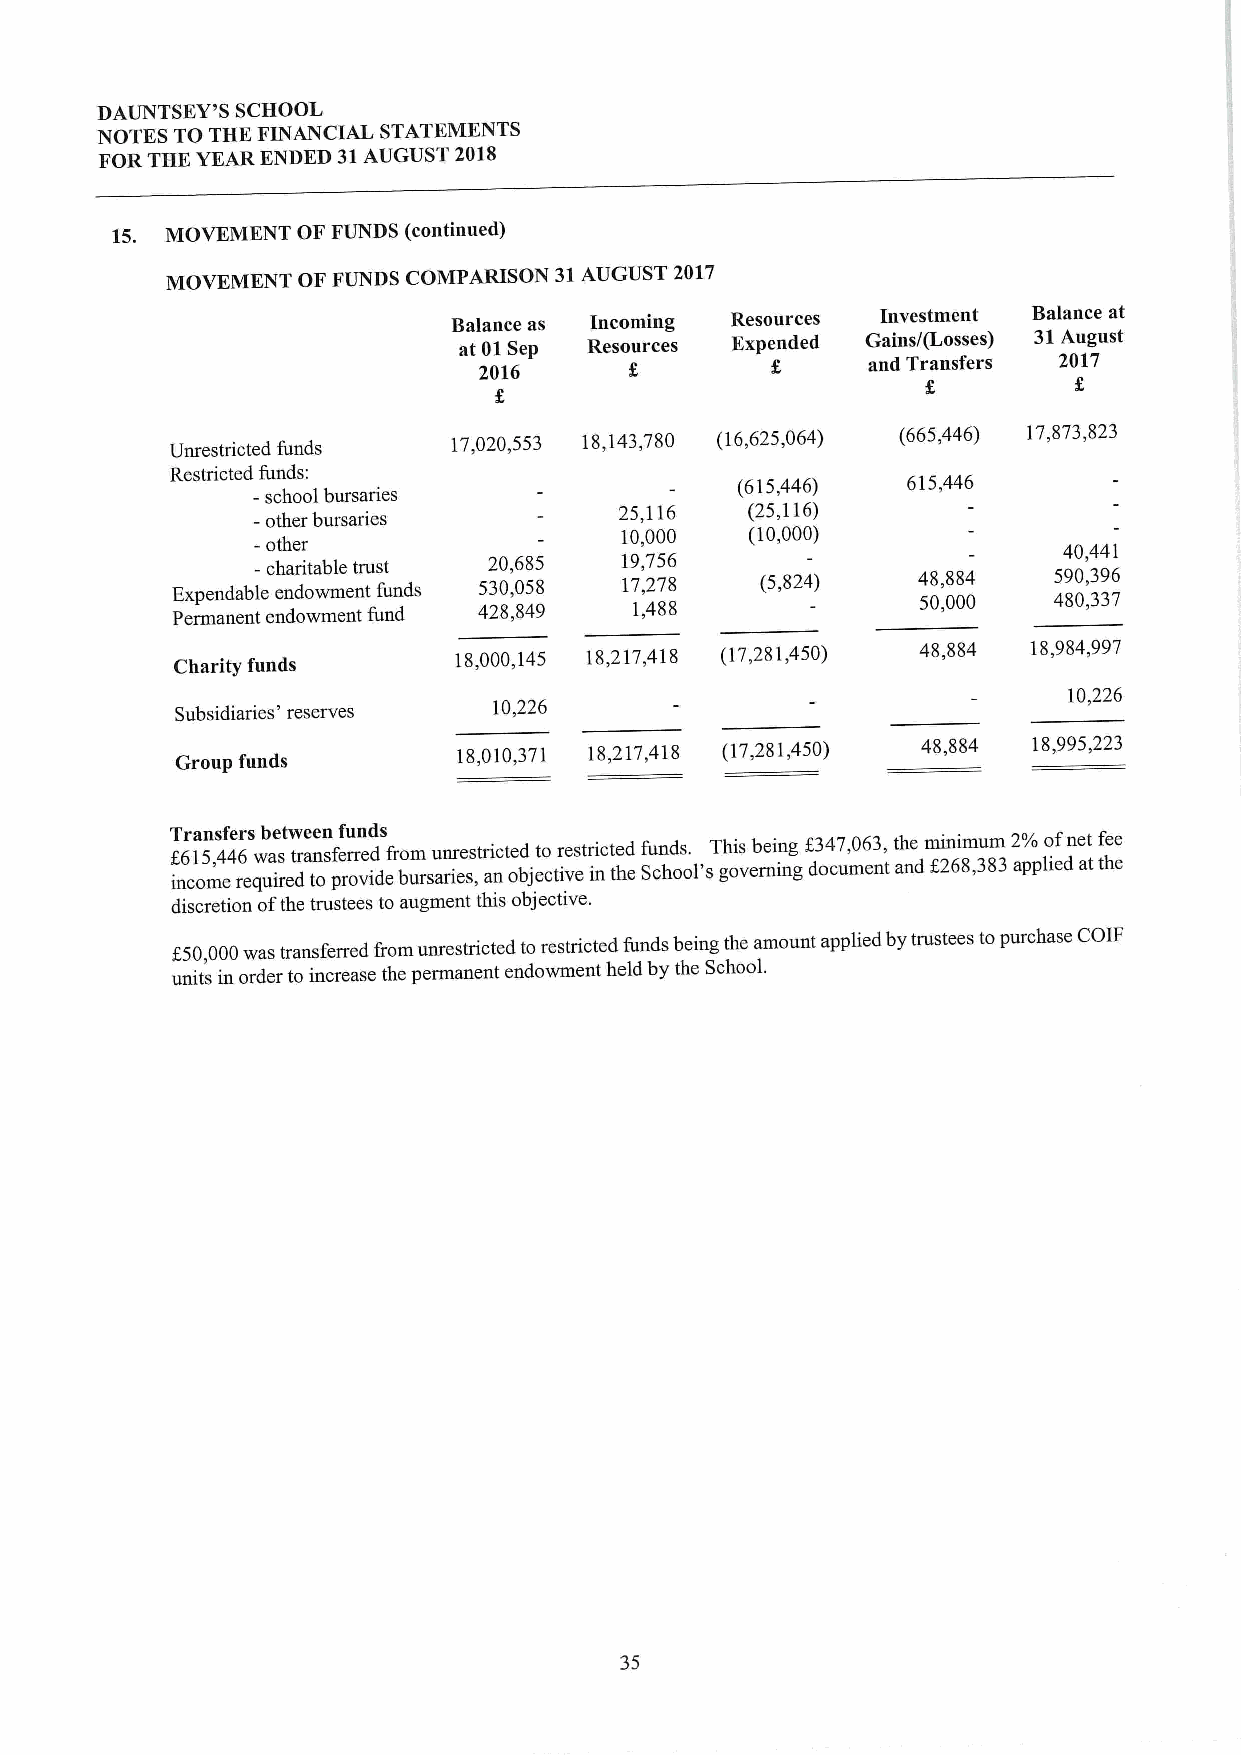
DAUNTSEY'S SCHOOL
 NOTES TO THE FINANCIAL STATEMENTS
 FORTHE YEAR ENDED 31AUGUST 2018
 15. MOVEMENT OF FUNDS (continued)
 MOVEMENT OF FUNDS COMPARISON 31AUGUST 2017
 Balance as Incoming Resources Investment Balance at
 at 01Sep Resources Expended Gains/(Losses) 31August
 and Transfers 2017
 2016
 Unrestricted funds
 17,020,553 18,143,780 (16,625,064) (665446) 17873 823
 Restricted funds:
 -school bursaries
 (615,446)  615,446
 -other bursaries        25,116  (25,116)
 -other                  10,000   (10,000)
 40,441
 E Pex rp men and ea nb tle- ec nh e dna or di wota w mb ml ee ne tnttru fs uft n'u dnds 452 230 80, ,,6 0 88 5 45 8 9 1 19 7 1, , ,7 425 8786 8 (5,824) 4 58 0, ,08 084 0 45 89 00 ,,3 39 36 7
 Charity funds
 18,000,145 18,217,418 (17,281,450) 48,884 18,984,997
 10,226
 Subsidiaries' reserves 10,226
 Group funds
 18,010,371 18,217,418 (17,281,450) 48,884 18,995,223
 T f6ra 1n 5s ,f 4e 4r 6s wb ae stw tre ae nn sfef ru ren dds &om unrestricted to restricted funds. This being f347,063,the minimum 2'lo ofnet fee
 income required toprovide bursaries, an objective in the School's governing document and f268,383applied atthe
 discretion ofthe trustees to augment this objective.
 f50,000was transferred &omunrestricted torestricted funds being the amount applied by trustees topurchase COIF
 units in order to increase the permanent endowment held by the School.
 35